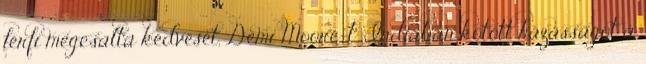
férfi megcsalta kedvesét, Demi Moore-t. Indiában kötött házasságot a